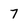
Character: 7